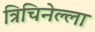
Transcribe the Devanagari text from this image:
त्रिचिनेल्ला